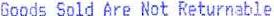
GOODS SOLD ARE NOT RETURNABLE